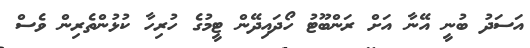
އަސަދު ބުނީ އޭނާ އަށް ރަންބޫޓު ހޯދައިދޭން ޓީމުގެ ހުރިހާ ކުޅުންތެރިން ވެސް